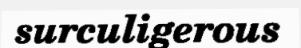
surculigerous